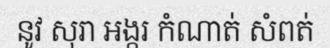
នូវ សុរា អង្ករ កំណាត់ សំពត់